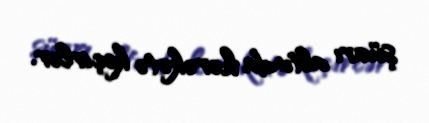
şüarı altında hərəkətə keçirlər.